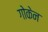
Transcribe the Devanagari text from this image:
गोकेन